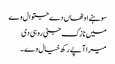
سوہنے اوٹھاں دے جتوال وے
میں نازک جٹی روہی دی
میرا آپے رکھ خیال وے ۔